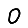
Digit: 0